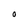
Character: O